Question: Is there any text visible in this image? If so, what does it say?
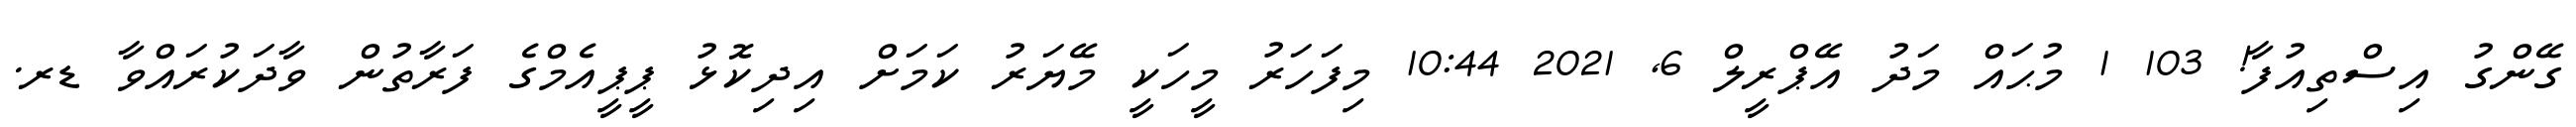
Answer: ގޭންގު އިސްތިއުފާ! 103 1 މުޙައް މަދު އޭޕްރީލް 6, 2021 10:44 މިފަހަރު މީހަކީ މޭޔަރު ކަމަށް އިދިކޮޅު ޕީޕީއެމްގެ ފަރާތުން ވާދަކުރައްވާ ޑރ.